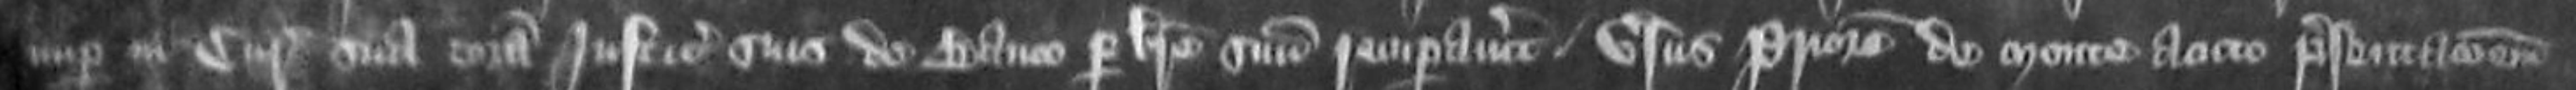
nuper in curia sua coram justiciariis suis de banco per breve suum recuperavit versus Priorem de Monte Acuto presentationem